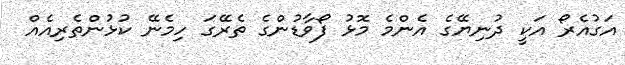
އަގުއެރޯ އަކީ ދުނިޔޭގެ އެންމެ މޮޅު ފޯވާޑުންގެ ތެރޭގަ ހިމެނޭ ކުޅުންތެރިއެއް